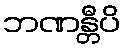
ဘဏန္တီပိ